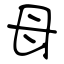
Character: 母